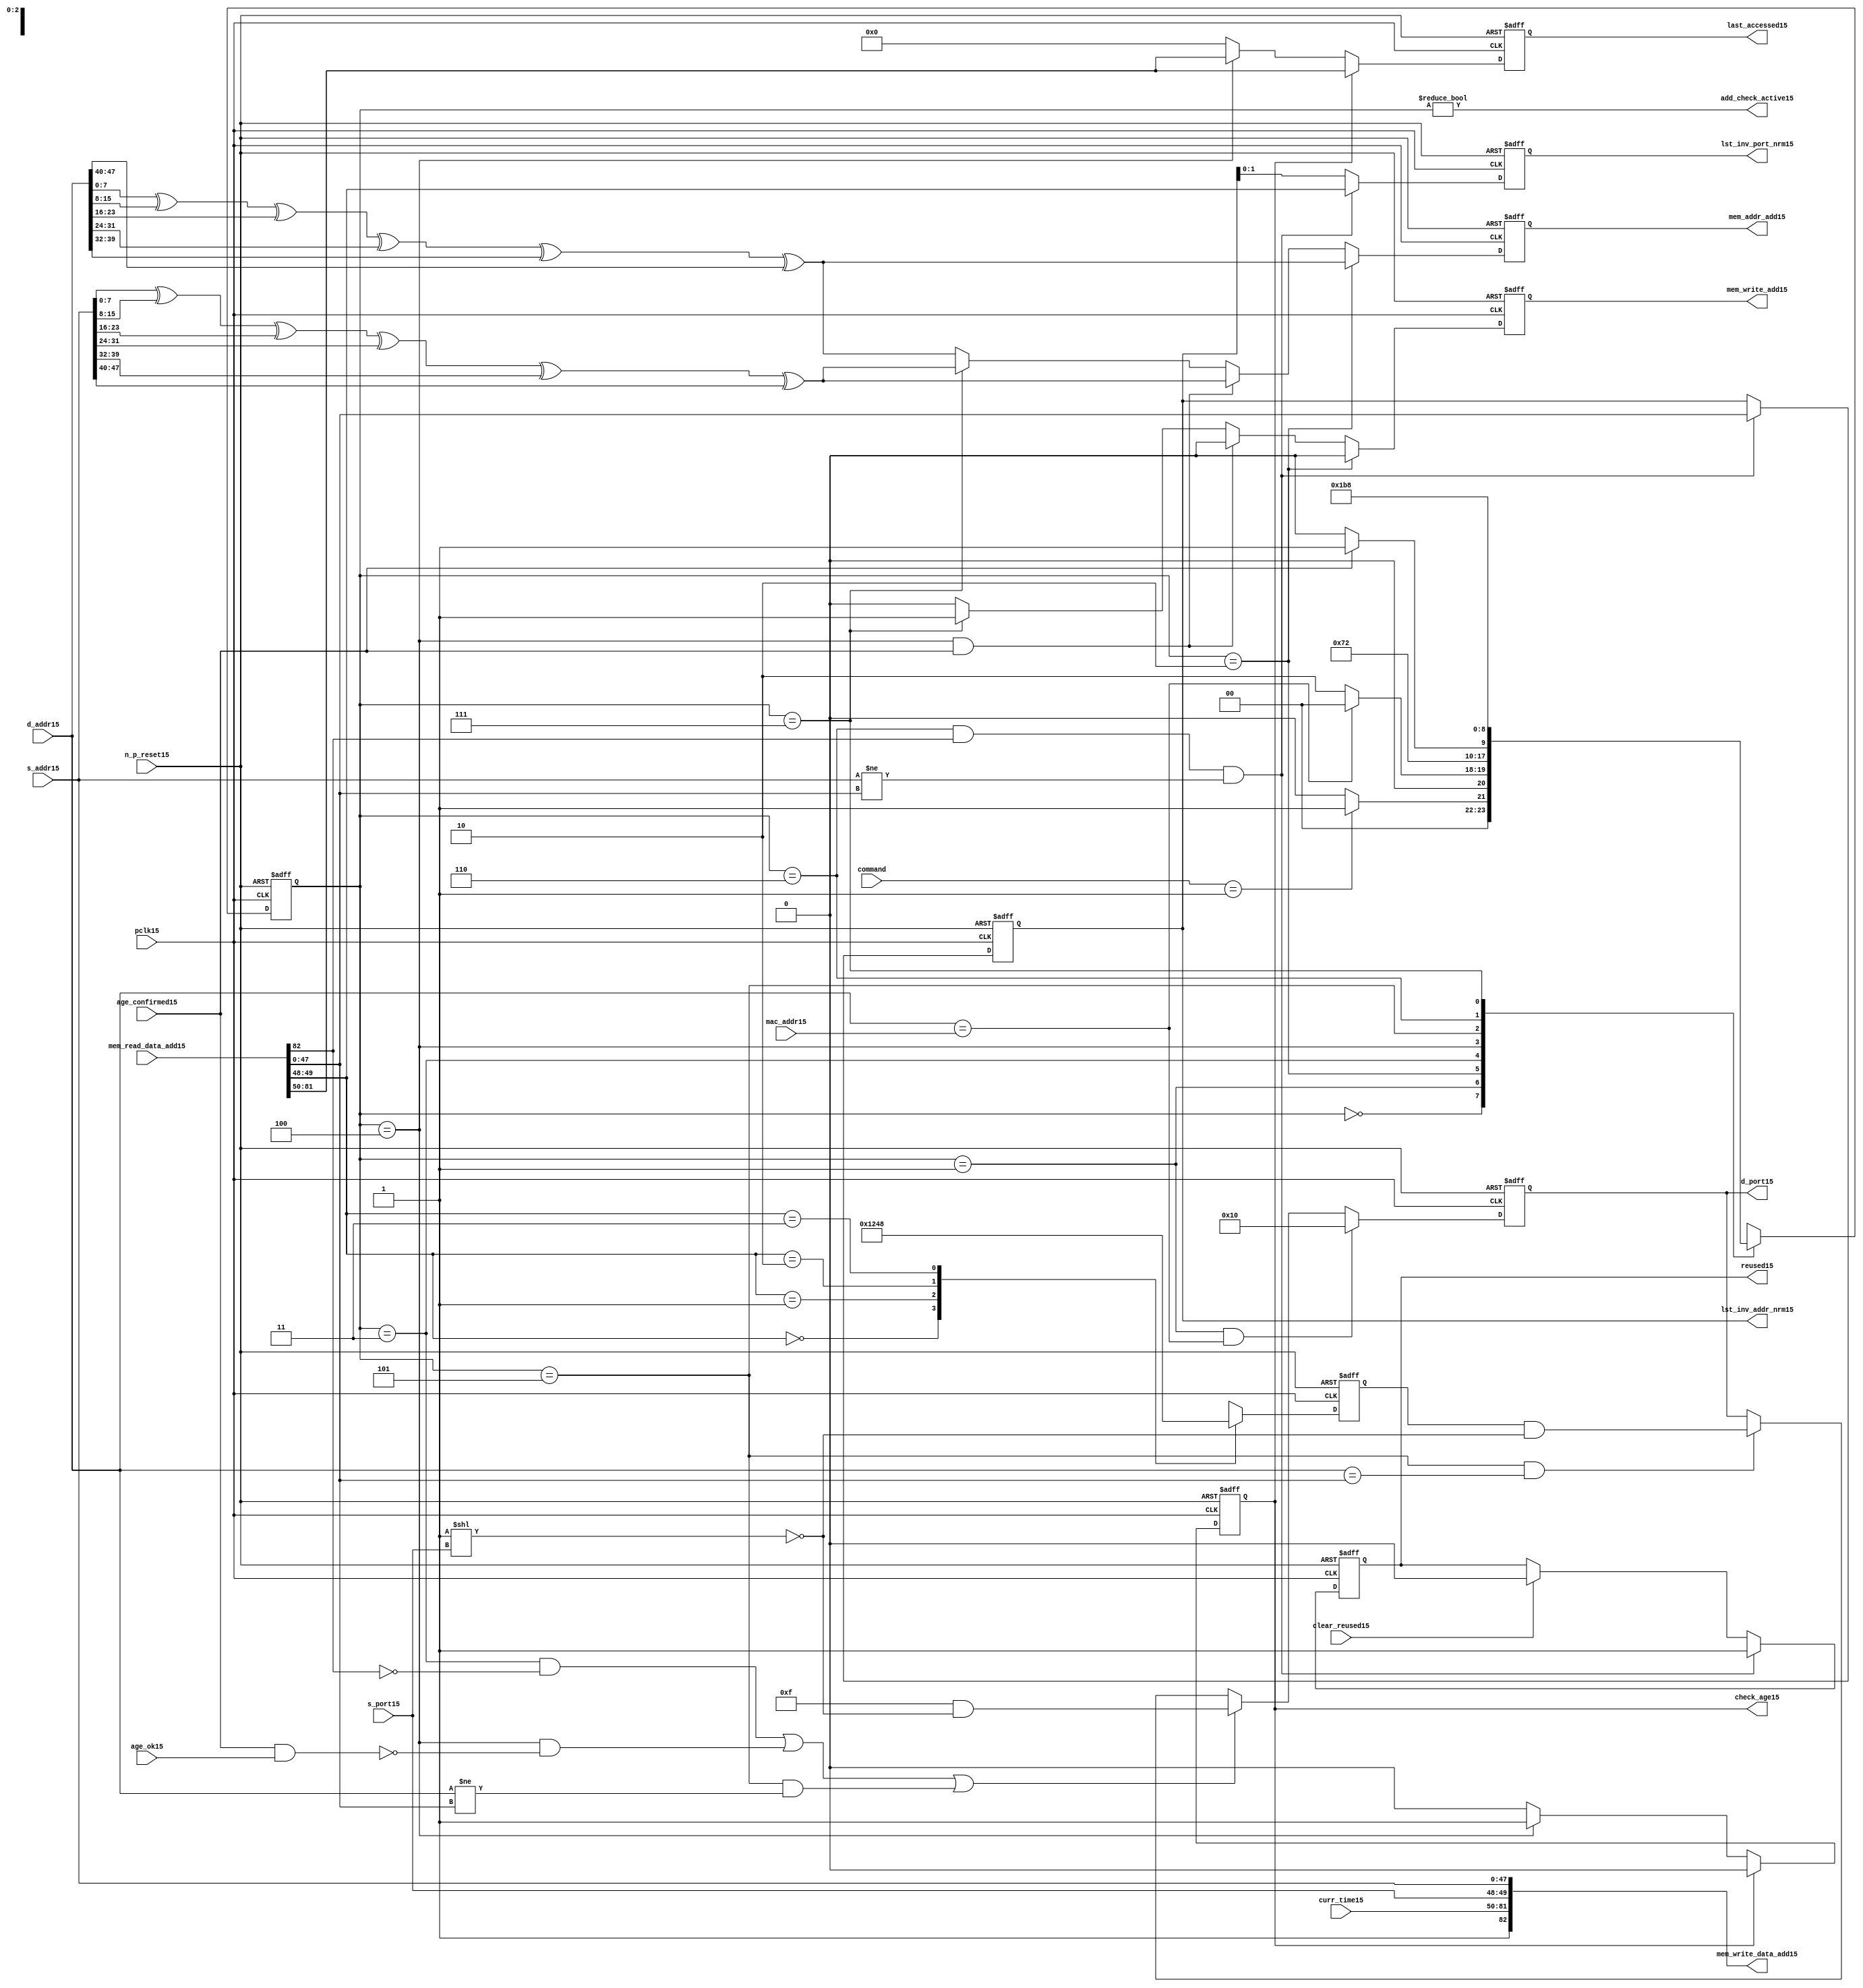
module alut_addr_checker15
(   
   // Inputs15
   pclk15,
   n_p_reset15,
   command,
   mac_addr15,
   d_addr15,
   s_addr15,
   s_port15,
   curr_time15,
   mem_read_data_add15,
   age_confirmed15,
   age_ok15,
   clear_reused15,

   //outputs15
   d_port15,
   add_check_active15,
   mem_addr_add15,
   mem_write_add15,
   mem_write_data_add15,
   lst_inv_addr_nrm15,
   lst_inv_port_nrm15,
   check_age15,
   last_accessed15,
   reused15
);



   input               pclk15;               // APB15 clock15                           
   input               n_p_reset15;          // Reset15                               
   input [1:0]         command;            // command bus                        
   input [47:0]        mac_addr15;           // address of the switch15              
   input [47:0]        d_addr15;             // address of frame15 to be checked15     
   input [47:0]        s_addr15;             // address of frame15 to be stored15      
   input [1:0]         s_port15;             // source15 port of current frame15       
   input [31:0]        curr_time15;          // current time,for storing15 in mem    
   input [82:0]        mem_read_data_add15;  // read data from mem                 
   input               age_confirmed15;      // valid flag15 from age15 checker        
   input               age_ok15;             // result from age15 checker 
   input               clear_reused15;       // read/clear flag15 for reused15 signal15           

   output [4:0]        d_port15;             // calculated15 destination15 port for tx15 
   output              add_check_active15;   // bit 0 of status register           
   output [7:0]        mem_addr_add15;       // hash15 address for R/W15 to memory     
   output              mem_write_add15;      // R/W15 flag15 (write = high15)            
   output [82:0]       mem_write_data_add15; // write data for memory             
   output [47:0]       lst_inv_addr_nrm15;   // last invalidated15 addr normal15 op    
   output [1:0]        lst_inv_port_nrm15;   // last invalidated15 port normal15 op    
   output              check_age15;          // request flag15 for age15 check
   output [31:0]       last_accessed15;      // time field sent15 for age15 check
   output              reused15;             // indicates15 ALUT15 location15 overwritten15

   reg   [2:0]         add_chk_state15;      // current address checker state
   reg   [2:0]         nxt_add_chk_state15;  // current address checker state
   reg   [4:0]         d_port15;             // calculated15 destination15 port for tx15 
   reg   [3:0]         port_mem15;           // bitwise15 conversion15 of 2bit port
   reg   [7:0]         mem_addr_add15;       // hash15 address for R/W15 to memory
   reg                 mem_write_add15;      // R/W15 flag15 (write = high15)            
   reg                 reused15;             // indicates15 ALUT15 location15 overwritten15
   reg   [47:0]        lst_inv_addr_nrm15;   // last invalidated15 addr normal15 op    
   reg   [1:0]         lst_inv_port_nrm15;   // last invalidated15 port normal15 op    
   reg                 check_age15;          // request flag15 for age15 checker
   reg   [31:0]        last_accessed15;      // time field sent15 for age15 check


   wire   [7:0]        s_addr_hash15;        // hash15 of address for storing15
   wire   [7:0]        d_addr_hash15;        // hash15 of address for checking
   wire   [82:0]       mem_write_data_add15; // write data for memory  
   wire                add_check_active15;   // bit 0 of status register           


// Parameters15 for Address Checking15 FSM15 states15
   parameter idle15           = 3'b000;
   parameter mac_addr_chk15   = 3'b001;
   parameter read_dest_add15  = 3'b010;
   parameter valid_chk15      = 3'b011;
   parameter age_chk15        = 3'b100;
   parameter addr_chk15       = 3'b101;
   parameter read_src_add15   = 3'b110;
   parameter write_src15      = 3'b111;


// -----------------------------------------------------------------------------
//   Hash15 conversion15 of source15 and destination15 addresses15
// -----------------------------------------------------------------------------
   assign s_addr_hash15 = s_addr15[7:0] ^ s_addr15[15:8] ^ s_addr15[23:16] ^
                        s_addr15[31:24] ^ s_addr15[39:32] ^ s_addr15[47:40];

   assign d_addr_hash15 = d_addr15[7:0] ^ d_addr15[15:8] ^ d_addr15[23:16] ^
                        d_addr15[31:24] ^ d_addr15[39:32] ^ d_addr15[47:40];



// -----------------------------------------------------------------------------
//   State15 Machine15 For15 handling15 the destination15 address checking process and
//   and storing15 of new source15 address and port values.
// -----------------------------------------------------------------------------
always @ (command or add_chk_state15 or age_confirmed15 or age_ok15)
   begin
      case (add_chk_state15)
      
      idle15:
         if (command == 2'b01)
            nxt_add_chk_state15 = mac_addr_chk15;
         else
            nxt_add_chk_state15 = idle15;

      mac_addr_chk15:   // check if destination15 address match MAC15 switch15 address
         if (d_addr15 == mac_addr15)
            nxt_add_chk_state15 = idle15;  // return dest15 port as 5'b1_0000
         else
            nxt_add_chk_state15 = read_dest_add15;

      read_dest_add15:       // read data from memory using hash15 of destination15 address
            nxt_add_chk_state15 = valid_chk15;

      valid_chk15:      // check if read data had15 valid bit set
         nxt_add_chk_state15 = age_chk15;

      age_chk15:        // request age15 checker to check if still in date15
         if (age_confirmed15)
            nxt_add_chk_state15 = addr_chk15;
         else
            nxt_add_chk_state15 = age_chk15; 

      addr_chk15:       // perform15 compare between dest15 and read addresses15
            nxt_add_chk_state15 = read_src_add15; // return read port from ALUT15 mem

      read_src_add15:   // read from memory location15 about15 to be overwritten15
            nxt_add_chk_state15 = write_src15; 

      write_src15:      // write new source15 data (addr and port) to memory
            nxt_add_chk_state15 = idle15; 

      default:
            nxt_add_chk_state15 = idle15;
      endcase
   end


// destination15 check FSM15 current state
always @ (posedge pclk15 or negedge n_p_reset15)
   begin
   if (~n_p_reset15)
      add_chk_state15 <= idle15;
   else
      add_chk_state15 <= nxt_add_chk_state15;
   end



// -----------------------------------------------------------------------------
//   Generate15 returned value of port for sending15 new frame15 to
// -----------------------------------------------------------------------------
always @ (posedge pclk15 or negedge n_p_reset15)
   begin
   if (~n_p_reset15)
      d_port15 <= 5'b0_1111;
   else if ((add_chk_state15 == mac_addr_chk15) & (d_addr15 == mac_addr15))
      d_port15 <= 5'b1_0000;
   else if (((add_chk_state15 == valid_chk15) & ~mem_read_data_add15[82]) |
            ((add_chk_state15 == age_chk15) & ~(age_confirmed15 & age_ok15)) |
            ((add_chk_state15 == addr_chk15) & (d_addr15 != mem_read_data_add15[47:0])))
      d_port15 <= 5'b0_1111 & ~( 1 << s_port15 );
   else if ((add_chk_state15 == addr_chk15) & (d_addr15 == mem_read_data_add15[47:0]))
      d_port15 <= {1'b0, port_mem15} & ~( 1 << s_port15 );
   else
      d_port15 <= d_port15;
   end


// -----------------------------------------------------------------------------
//   convert read port source15 value from 2bits to bitwise15 4 bits
// -----------------------------------------------------------------------------
always @ (posedge pclk15 or negedge n_p_reset15)
   begin
   if (~n_p_reset15)
      port_mem15 <= 4'b1111;
   else begin
      case (mem_read_data_add15[49:48])
         2'b00: port_mem15 <= 4'b0001;
         2'b01: port_mem15 <= 4'b0010;
         2'b10: port_mem15 <= 4'b0100;
         2'b11: port_mem15 <= 4'b1000;
      endcase
   end
   end
   


// -----------------------------------------------------------------------------
//   Set active bit of status, decoded15 off15 add_chk_state15
// -----------------------------------------------------------------------------
assign add_check_active15 = (add_chk_state15 != 3'b000);


// -----------------------------------------------------------------------------
//   Generate15 memory addressing15 signals15.
//   The check address command will be taken15 as the indication15 from SW15 that the 
//   source15 fields (address and port) can be written15 to memory. 
// -----------------------------------------------------------------------------
always @ (posedge pclk15 or negedge n_p_reset15)
   begin
   if (~n_p_reset15) 
   begin
       mem_write_add15 <= 1'b0;
       mem_addr_add15  <= 8'd0;
   end
   else if (add_chk_state15 == read_dest_add15)
   begin
       mem_write_add15 <= 1'b0;
       mem_addr_add15  <= d_addr_hash15;
   end
// Need15 to set address two15 cycles15 before check
   else if ( (add_chk_state15 == age_chk15) && age_confirmed15 )
   begin
       mem_write_add15 <= 1'b0;
       mem_addr_add15  <= s_addr_hash15;
   end
   else if (add_chk_state15 == write_src15)
   begin
       mem_write_add15 <= 1'b1;
       mem_addr_add15  <= s_addr_hash15;
   end
   else
   begin
       mem_write_add15 <= 1'b0;
       mem_addr_add15  <= d_addr_hash15;
   end
   end


// -----------------------------------------------------------------------------
//   Generate15 databus15 for writing to memory
//   Data written15 to memory from address checker will always be valid
// -----------------------------------------------------------------------------
assign mem_write_data_add15 = {1'b1, curr_time15, s_port15, s_addr15};



// -----------------------------------------------------------------------------
//   Evaluate15 read back data that is about15 to be overwritten15 with new source15 
//   address and port values. Decide15 whether15 the reused15 flag15 must be set and
//   last_inval15 address and port values updated.
//   reused15 needs15 to be implemented as read and clear
// -----------------------------------------------------------------------------
always @ (posedge pclk15 or negedge n_p_reset15)
   begin
   if (~n_p_reset15) 
   begin
      reused15 <= 1'b0;
      lst_inv_addr_nrm15 <= 48'd0;
      lst_inv_port_nrm15 <= 2'd0;
   end
   else if ((add_chk_state15 == read_src_add15) & mem_read_data_add15[82] &
            (s_addr15 != mem_read_data_add15[47:0]))
   begin
      reused15 <= 1'b1;
      lst_inv_addr_nrm15 <= mem_read_data_add15[47:0];
      lst_inv_port_nrm15 <= mem_read_data_add15[49:48];
   end
   else if (clear_reused15)
   begin
      reused15 <= 1'b0;
      lst_inv_addr_nrm15 <= lst_inv_addr_nrm15;
      lst_inv_port_nrm15 <= lst_inv_addr_nrm15;
   end
   else 
   begin
      reused15 <= reused15;
      lst_inv_addr_nrm15 <= lst_inv_addr_nrm15;
      lst_inv_port_nrm15 <= lst_inv_addr_nrm15;
   end
   end


// -----------------------------------------------------------------------------
//   Generate15 signals15 for age15 checker to perform15 in-date15 check
// -----------------------------------------------------------------------------
always @ (posedge pclk15 or negedge n_p_reset15)
   begin
   if (~n_p_reset15) 
   begin
      check_age15 <= 1'b0;  
      last_accessed15 <= 32'd0;
   end
   else if (check_age15)
   begin
      check_age15 <= 1'b0;  
      last_accessed15 <= mem_read_data_add15[81:50];
   end
   else if (add_chk_state15 == age_chk15)
   begin
      check_age15 <= 1'b1;  
      last_accessed15 <= mem_read_data_add15[81:50];
   end
   else 
   begin
      check_age15 <= 1'b0;  
      last_accessed15 <= 32'd0;
   end
   end


`ifdef ABV_ON15

// psl15 default clock15 = (posedge pclk15);

// ASSERTION15 CHECKS15
/* Commented15 out as also checking in toplevel15
// it should never be possible15 for the destination15 port to indicate15 the MAC15
// switch15 address and one of the other 4 Ethernets15
// psl15 assert_valid_dest_port15 : assert never (d_port15[4] & |{d_port15[3:0]});


// COVER15 SANITY15 CHECKS15
// check all values of destination15 port can be returned.
// psl15 cover_d_port_015 : cover { d_port15 == 5'b0_0001 };
// psl15 cover_d_port_115 : cover { d_port15 == 5'b0_0010 };
// psl15 cover_d_port_215 : cover { d_port15 == 5'b0_0100 };
// psl15 cover_d_port_315 : cover { d_port15 == 5'b0_1000 };
// psl15 cover_d_port_415 : cover { d_port15 == 5'b1_0000 };
// psl15 cover_d_port_all15 : cover { d_port15 == 5'b0_1111 };
*/
`endif


endmodule